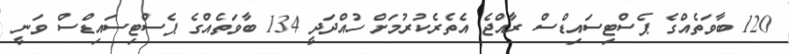
120 ބާވަތެއްގެ ޕެސްޓިސައިޑްސް ރާއްޖެ އެތެރެކުރުމަށް ހުއްދަދީ 134 ބާވަތެއްގެ ޕެސްޓިސައިޑްސް ވަނީ